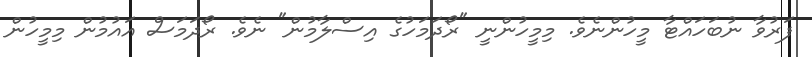
ފަރުވާ ނުބަހައްޓާ މީހުންނެވެ. މިމީހުންނީ "ރޯދަމަހުގެ އިސްލާމުން" ނެވެ. ރޯދަމަސް އައުމުން މިމީހުން